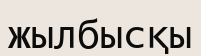
жылбысқы